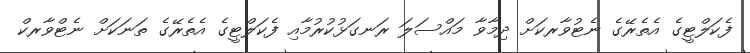
ފެކަލްޓީގެ އެތެރޭގެ ނެޓުވާރކަށް ދިމާވާ މައްސަލަ ރަނގަޅުކުރުމާއި ފެކަލްޓީގެ އެތެރޭގެ ތަނަކަށް ނެޓްވާރކް